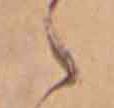
ゝ